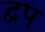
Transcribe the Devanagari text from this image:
द्वप